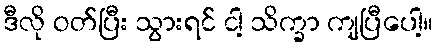
ဒီလို ဝတ်ပြီး သွားရင် ငါ့ သိက္ခာ ကျပြီပေါ့။